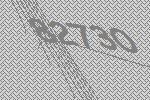
82730